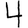
Digit: 4